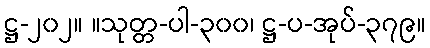
ဋ္ဌ-၂၀၂။ ။သုတ္တ-ပါ-၃၀၀၊ ဋ္ဌ-ပ-အုပ်-၃၇၉။